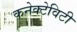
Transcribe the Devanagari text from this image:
कनेक्टेविटी